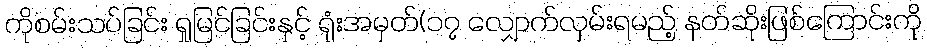
ကိုစမ်းသပ်ခြင်း ရှုမြင်ခြင်းနှင့် ရုံးအမှတ်(၁၇ လျှောက်လှမ်းရမည့် နတ်ဆိုးဖြစ်ကြောင်းကို